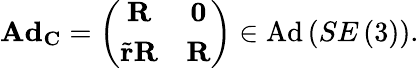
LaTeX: \mathbf{Ad}_{\mathbf{C}}=\left(\begin{array}{cc}{\mathbf{R}}&{\mathbf{0}}\\ {\tilde{\mathbf{r}}\mathbf{R}}&{\mathbf{R}}\end{array}\right)\in\mathrm{Ad}\left(SE\left(3\right)\right).